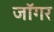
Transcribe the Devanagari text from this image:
जॉगर